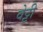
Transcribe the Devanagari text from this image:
वेट्टी